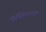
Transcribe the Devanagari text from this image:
लुईझियानाचा